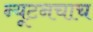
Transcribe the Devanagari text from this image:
न्यूटनचाच